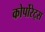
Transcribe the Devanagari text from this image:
कोर्पोरेट्स